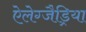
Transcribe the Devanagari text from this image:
ऐलेग्जैड्रिया